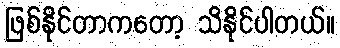
ဖြစ်နိုင်တာကတော့ သိနိုင်ပါတယ်။